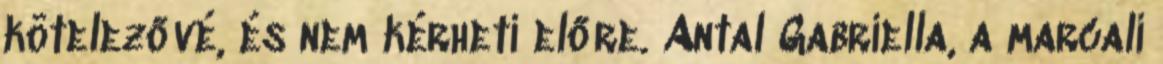
kötelezővé, és nem kérheti előre. Antal Gabriella, a marcali